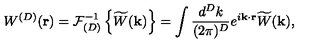
W ^ { ( { D } ) } ( { \bf r } ) = { \mathcal F } _ { ( { D } ) } ^ { - 1 } \left\{ \widetilde { W } ( { \bf k } ) \right\} = \int \frac { d ^ { { D } } k } { ( 2 \pi ) ^ { { D } } } e ^ { i { \bf k } \cdot { \bf r } } \widetilde { W } ( { \bf k } ) ,